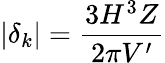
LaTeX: |\delta_{k}|=\frac{3H^{3}Z}{2\pi V^{\prime}}